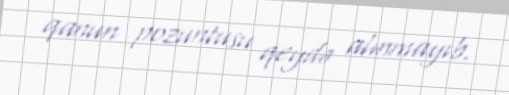
qanun pozuntusu qeydə alınmayıb.